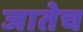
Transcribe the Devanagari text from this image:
जातेच